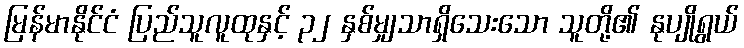
မြန်မာနိုင်ငံ ပြည်သူလူထုနှင့် ၃၂ နှစ်မျှသာရှိသေးသော သူတို့၏ နုပျိုရွယ်